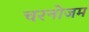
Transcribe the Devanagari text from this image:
चरनोजम